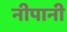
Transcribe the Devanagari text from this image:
नीपानी